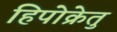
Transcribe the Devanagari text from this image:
हिपोक्रेतु